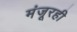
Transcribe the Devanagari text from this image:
मंजूरही